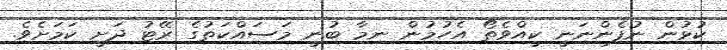
ކުޅުން ނުފެންނަނީ ކީއްވެތޯ އެހުމުން ނިމާ ބުނީ މަސައްކަތުގެ ރޭޓު ދަށީ ކަމަށެވެ.